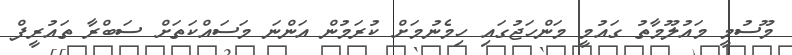
މޫސުމީ މައުލޫމާތު ގައުމީ މަންހަޖުގައި ހިމެނުމަށް ކުރަމުން އަންނަ މަސައްކަތަށް ސަބްރާ ތައުރީފް